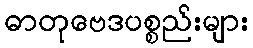
ဓာတုဗေဒပစ္စည်းများ